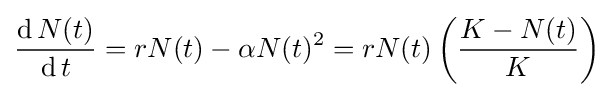
{\frac {\operatorname {d} N(t)}{\operatorname {d} t}}=rN(t)-\alpha N(t)^{2}=rN(t)\left({\frac {K-N(t)}{K}}\right)